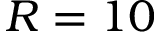
R = 1 0